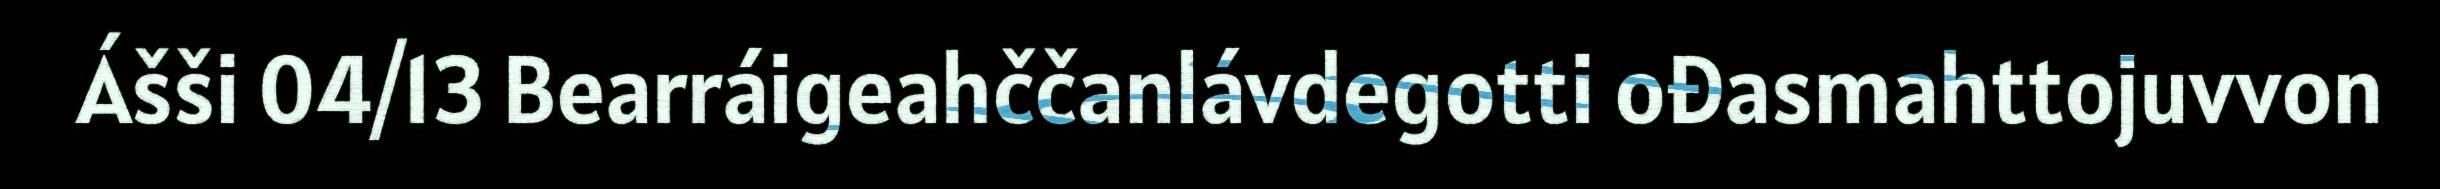
Ášši 04/13 Bearráigeahččanlávdegotti ođasmahttojuvvon